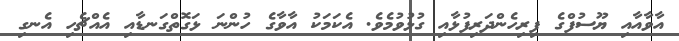
އާވާއާއި ޔޫސުފްގެ ފިރިހެންދަރިފުޅާއި ގުޅުވުމެވެ. އެކަމަކު އާވާގެ ހުންނަ ޅަގޮތްގަނޑާއި އެއްޗެހި އެނގި